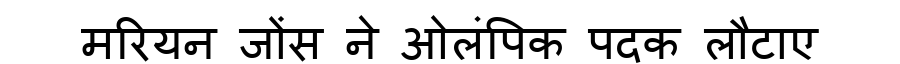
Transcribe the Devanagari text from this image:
मरियन जोंस ने ओलंपिक पदक लौटाए